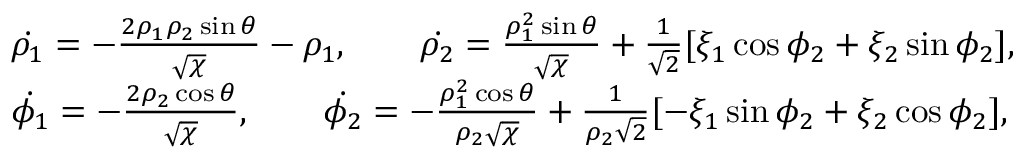
\begin{array} { r l r } & { \dot { \rho _ { 1 } } = - \frac { 2 \rho _ { 1 } \rho _ { 2 } \sin \theta } { \sqrt { \chi } } - \rho _ { 1 } , \qquad \dot { \rho _ { 2 } } = \frac { \rho _ { 1 } ^ { 2 } \sin \theta } { \sqrt { \chi } } + \frac { 1 } { \sqrt { 2 } } [ \xi _ { 1 } \cos \phi _ { 2 } + \xi _ { 2 } \sin \phi _ { 2 } ] , } & \\ & { \dot { \phi _ { 1 } } = - \frac { 2 \rho _ { 2 } \cos \theta } { \sqrt { \chi } } , \qquad \dot { \phi _ { 2 } } = - \frac { \rho _ { 1 } ^ { 2 } \cos \theta } { \rho _ { 2 } \sqrt { \chi } } + \frac { 1 } { \rho _ { 2 } \sqrt { 2 } } [ - \xi _ { 1 } \sin \phi _ { 2 } + \xi _ { 2 } \cos \phi _ { 2 } ] , } & \end{array}